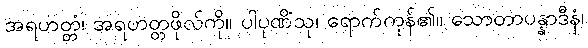
အရဟတ္တံ၊ အရဟတ္တဖိုလ်ကို။ ပါပုဏိံသု၊ ရောက်ကုန်၏။ သောတာပန္နာဒီနံ၊